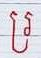
រ្រ